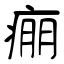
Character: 痭